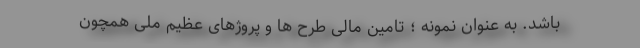
باشد. به عنوان نمونه ؛ تامین مالی طرح ها و پروژهای عظیم ملی همچون